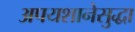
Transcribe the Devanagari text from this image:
अपयशानेसुद्धा